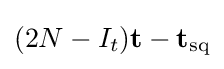
(2N-I_{t})\mathbf {t} -\mathbf {t} _{\operatorname {sq} }